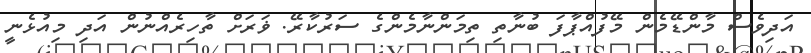
އަދިވެސް މާންޑޭމެން މޭފުއްޕާފަ ބުނާތި ތިމަންނާމެންގެ ސަރުކާރޭ. ޥަރަށް ތާހިރެއްނުން އަދި މިއުޅެނީ